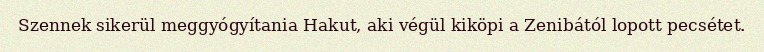
Szennek sikerül meggyógyítania Hakut, aki végül kiköpi a Zenibától lopott pecsétet.